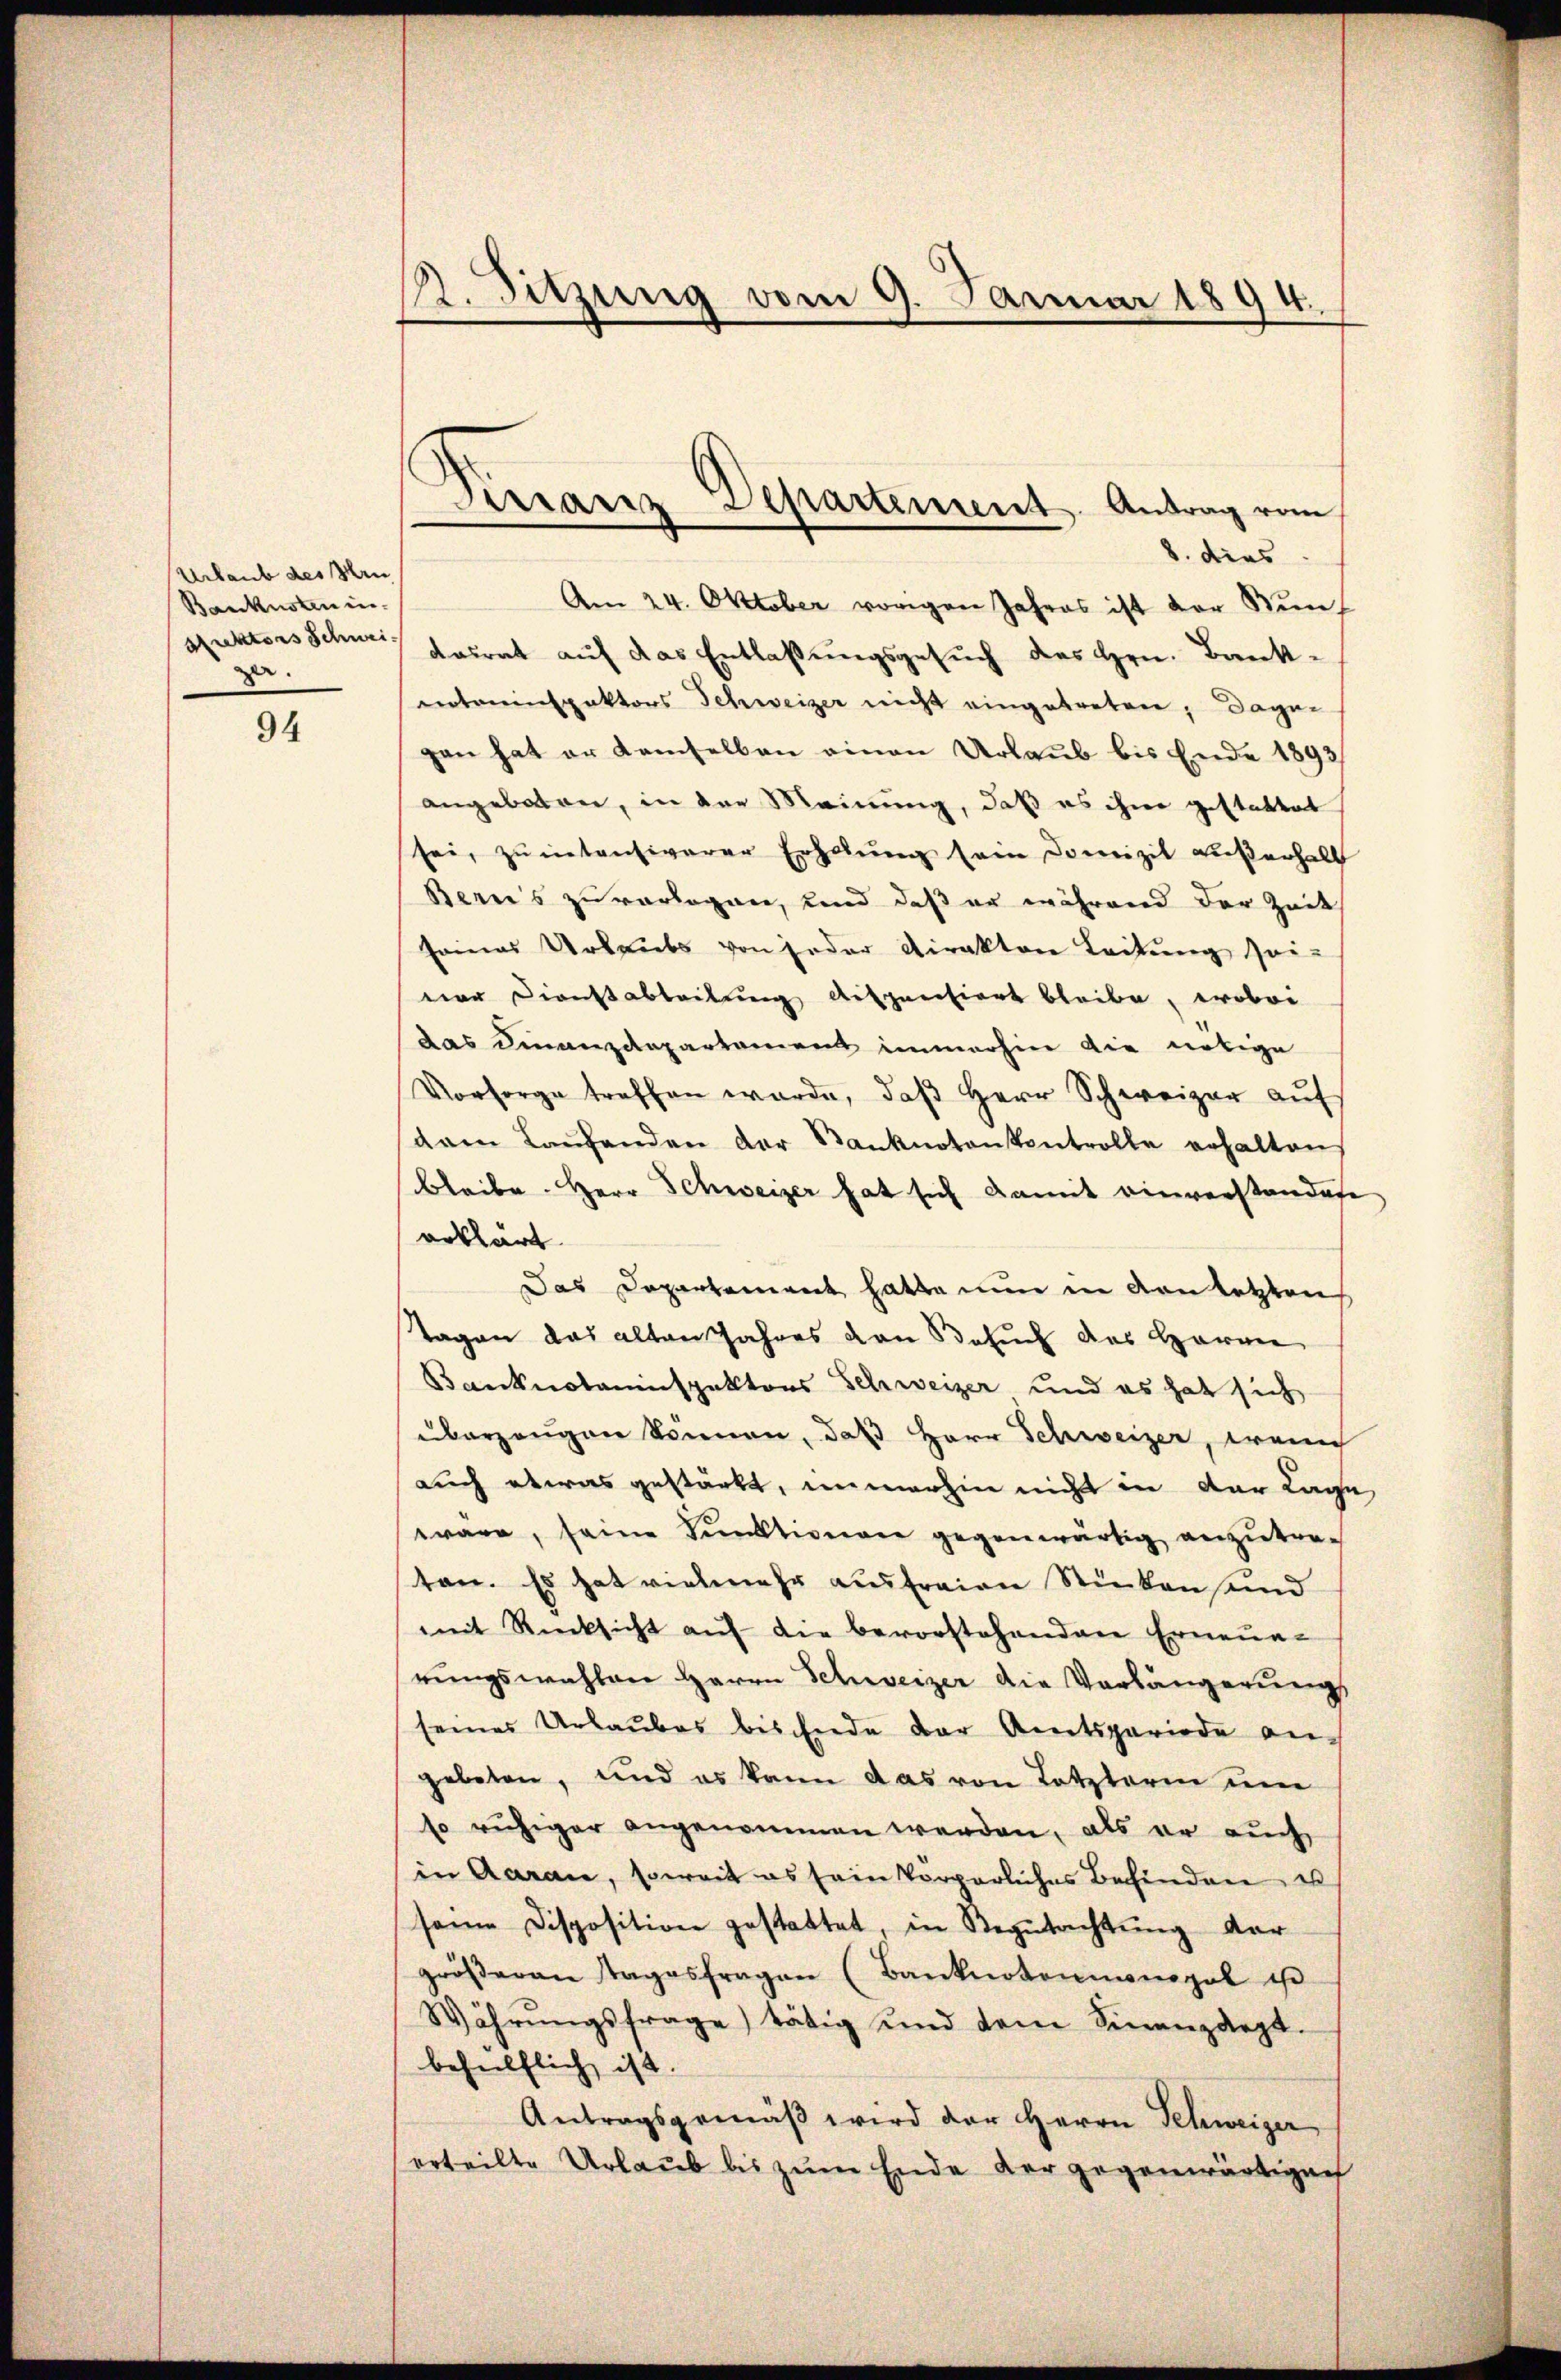
Urlaub des Hrn
Baukusten in
srektors Schwei
z.

94

k. Sitzung vom 9. Januar 1894.

8. dies
Am 24. Oktober vorigen Jahres ist der Künf
tadrat auf das Entlaßungsgesuch des Hrn. Banknoteninspektors Schweizer nicht eingetreten, dagegen hat er demselben einen Urlaub bis Ende 1893
angeboten, in der Meinung, daß es ihme gestattet
sei, zu intensiverer Erholung sein Domizil außerhalt
Bernis zuvorlagen, und daß er während der Zeit
seines Urlaubs von jeder Direktor Leitung sei-
dar Dienstabteilung dispentiert bleibe, wobei
das Finanzdepartament immerhin die nötige
Vorsorge treffen würde, daβ Herr Schweizer auf
dam Laŭfenden der Stanknotenkontrolle erhalten
bleibe. Herr Schweizer hat sich damit einverstandete
erklärt
Das Departement hatte nun in von letzten
Tagen das alten Jahres von Besuch das Harre
Banknotaninspektors Schweizer und es hat sich
überzeugen können, daß Herr Schweizer, wenig
auch etwas gestärkt, immerhin nicht in der Lage,
wäre, seine Funktionen gegenwärtig anzutre-
ten. Es hat vielmehr ausfreien Sticken und
mit Rücksicht aŭf die bevorstehenden Erneun-
rungswahlen Herrn Schweizer die Vorlängerung
seines Urlaubes bis Ende der Amtsperiode an-
gebeten, und es kann das von Letzterm um
so ruhiger angenommen werden, als er auch
in Aaran, soweit es sein Vorperliches Befinden us
seine Disposition gestattet, in Begutachtung dar
gröβeren Tagesfragen (Banknotenmonopol ist
Währŭngsfrage tätig und dem Sinanzdept.
behülflich ist.
Antragsgemäβ wird der Herrn Schweiger
erteilte Urlaub bis zum Ende der gegenwärtigen

Tirranz Departement. Antrag vom